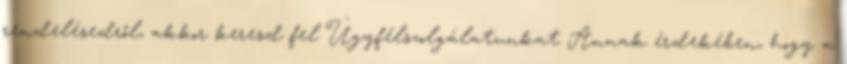
rendelésedről, akkor keresd fel Ügyfélszolgálatunkat Annak érdekében, hogy a